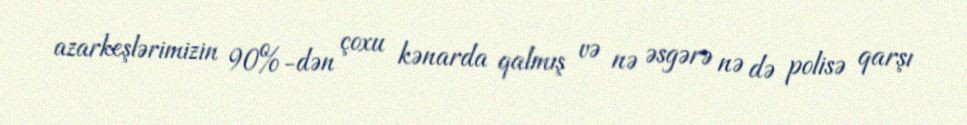
azarkeşlərimizin 90%-dən çoxu kənarda qalmış və nə əsgərə nə də polisə qarşı